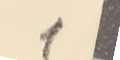
1